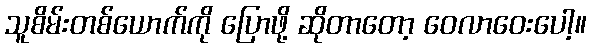
သူစိမ်းတစ်ယောက်ကို ပြောဖို့ ဆိုတာတော့ ဝေလာဝေးပေါ့။